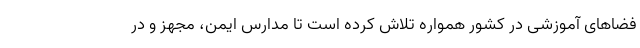
فضاهای آموزشی در کشور همواره تلاش کرده است تا مدارس ایمن، مجهز و در